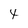
Character: 4